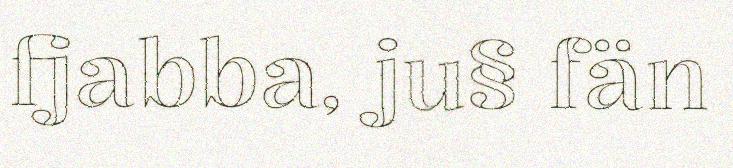
fjabba, ju§ fän